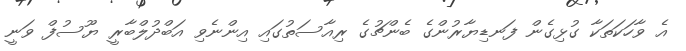
އެ ވާހަކަތަކާ ގުޅިގެން ފަނޑިޔާރުންގެ ބެންޗުގެ ރިއާސަތުގައި އިންނެވި އަބްދުލްބާރީ ޔޫސުފް ވަނީ